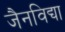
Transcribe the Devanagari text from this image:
जैनविद्या